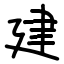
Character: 建